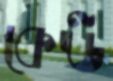
কেঊ